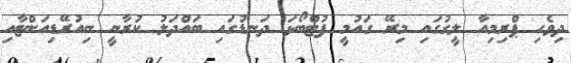
ދިވެހި ޕްރިމިއާ ލީގުގައި މިރޭ ގައުމީ ފުޓްބޯޅަ ދަނޑުގައި ބައްދަލު ކުރާނީ ނިއުރޭޑިއަންޓާއި